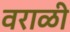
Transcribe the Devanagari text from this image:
वराळी